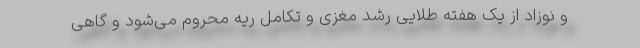
و نوزاد از یک هفته طلایی رشد مغزی و تکامل ریه محروم می‌شود و گاهی